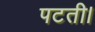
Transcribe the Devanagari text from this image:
पटती।